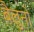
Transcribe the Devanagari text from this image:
बैलुनों